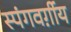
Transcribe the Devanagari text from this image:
स्पंगवर्ग़ीय